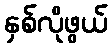
နှစ်လိုဖွယ်